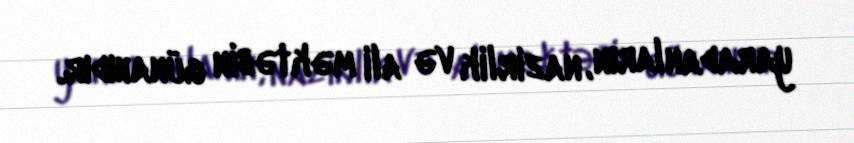
yaradanların, nazirlik və ali məktəbin günahıdır.